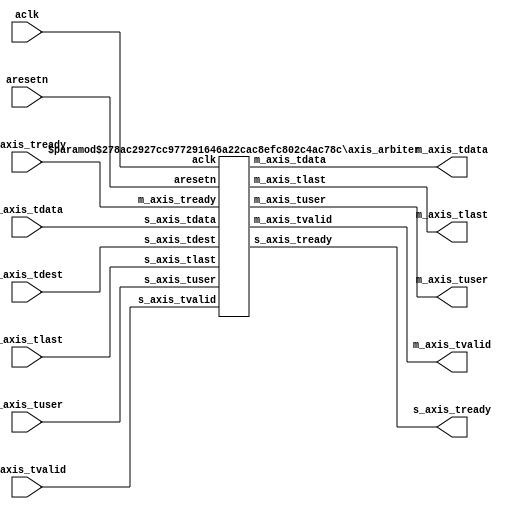
`timescale 1ns / 1ps
//////////////////////////////////////////////////////////////////////////////////
// Company: 
// 
// Design Name: 
// Module Name: axis_interconnect
// Project Name: axis_interconnect
// Target Devices: 
// Tool Versions: 
// Description: Parameterizable AXI4-Stream Interconnect with Round-Robin Arbitration (on TLAST)
// 
// Dependencies: 
// 
// Revision:
// Revision 0.01 - File Created
// Additional Comments:
// License: MIT
//  Copyright (c) 2020 Dmitry Matyunin
//  Permission is hereby granted, free of charge, to any person obtaining a copy
//  of this software and associated documentation files (the "Software"), to deal
//  in the Software without restriction, including without limitation the rights
//  to use, copy, modify, merge, publish, distribute, sublicense, and/or sell
//  copies of the Software, and to permit persons to whom the Software is
//  furnished to do so, subject to the following conditions:
//
//  The above copyright notice and this permission notice shall be included in
//  all copies or substantial portions of the Software.
//
//  THE SOFTWARE IS PROVIDED "AS IS", WITHOUT WARRANTY OF ANY KIND, EXPRESS OR
//  IMPLIED, INCLUDING BUT NOT LIMITED TO THE WARRANTIES OF MERCHANTABILITY
//  FITNESS FOR A PARTICULAR PURPOSE AND NONINFRINGEMENT. IN NO EVENT SHALL THE
//  AUTHORS OR COPYRIGHT HOLDERS BE LIABLE FOR ANY CLAIM, DAMAGES OR OTHER
//  LIABILITY, WHETHER IN AN ACTION OF CONTRACT, TORT OR OTHERWISE, ARISING FROM,
//  OUT OF OR IN CONNECTION WITH THE SOFTWARE OR THE USE OR OTHER DEALINGS IN
//  THE SOFTWARE.
// 
//////////////////////////////////////////////////////////////////////////////////

module axis_interconnect #(
	parameter CHANNELS_IN = 4,
	parameter CHANNELS_OUT = 1,
	parameter DATA_WIDTH = 8,
	parameter USER_WIDTH = 2
)
(
	input wire aclk,
	input wire aresetn,
	input wire [CHANNELS_IN*DATA_WIDTH-1:0]s_axis_tdata,
	input wire [CHANNELS_IN*$clog2(CHANNELS_OUT)-1:0]s_axis_tdest,
	input wire [CHANNELS_IN*USER_WIDTH-1:0]s_axis_tuser,
	input wire [CHANNELS_IN-1:0]s_axis_tvalid,
	output wire [CHANNELS_IN-1:0]s_axis_tready,
	input wire [CHANNELS_IN-1:0]s_axis_tlast,
	output wire [CHANNELS_OUT*DATA_WIDTH-1:0]m_axis_tdata,
	output wire [CHANNELS_OUT*USER_WIDTH-1:0]m_axis_tuser,
	output wire [CHANNELS_OUT-1:0]m_axis_tvalid,
	input wire [CHANNELS_OUT-1:0]m_axis_tready,
	output wire [CHANNELS_OUT-1:0]m_axis_tlast	
);

genvar g, h;

generate 
	wire [CHANNELS_IN*CHANNELS_OUT-1:0]arb_tready;
	wire [CHANNELS_IN*CHANNELS_OUT-1:0]axis_tready;

	for (g = 0; g < CHANNELS_OUT; g = g + 1) begin : ARBITER
		for (h = 0; h < CHANNELS_IN; h = h + 1) begin
			assign axis_tready[CHANNELS_OUT*h+g+:1] = arb_tready[CHANNELS_IN*g+h+:1];
		end
	
		axis_arbiter #(
			.CHAN_NUM(CHANNELS_IN),
			.DATA_WIDTH(DATA_WIDTH),
			.DEST_INDEX(g),
			.DEST_WIDTH($clog2(CHANNELS_OUT)),
			.USER_WIDTH(USER_WIDTH)
		) axis_arbiter_inst (
			.aclk(aclk),
			.aresetn(aresetn),
			.s_axis_tdata(s_axis_tdata),
			.s_axis_tuser(s_axis_tuser),
			.s_axis_tdest(s_axis_tdest),
			.s_axis_tvalid(s_axis_tvalid),
			.s_axis_tready(arb_tready[CHANNELS_IN*(g+1)-1-:CHANNELS_IN]),
			.s_axis_tlast(s_axis_tlast),
			.m_axis_tdata(m_axis_tdata[DATA_WIDTH*(g+1)-1-:DATA_WIDTH]),
			.m_axis_tuser(m_axis_tuser[USER_WIDTH*(g+1)-1-:USER_WIDTH]),
			.m_axis_tvalid(m_axis_tvalid[g]),
			.m_axis_tready(m_axis_tready[g]),
			.m_axis_tlast(m_axis_tlast[g])
		);
	end 
	for (h = 0; h < CHANNELS_IN; h = h + 1) begin
		assign s_axis_tready[h] = (axis_tready[CHANNELS_OUT*(h+1)-1-:CHANNELS_OUT] != 0);
	end 
endgenerate

endmodule

module axis_arbiter #(
	parameter CHAN_NUM = 4,
	parameter DATA_WIDTH = 8,
	parameter DEST_INDEX = 0,
	parameter DEST_WIDTH = 4,
	parameter USER_WIDTH = 2
)
(
	input wire aclk,
	input wire aresetn,
	input wire [DATA_WIDTH*CHAN_NUM-1:0]s_axis_tdata,
	input wire [USER_WIDTH*CHAN_NUM-1:0]s_axis_tuser,
	input wire [CHAN_NUM*DEST_WIDTH-1:0]s_axis_tdest,
	input wire [CHAN_NUM-1:0]s_axis_tvalid,
	output wire [CHAN_NUM-1:0]s_axis_tready,
	input wire [CHAN_NUM-1:0]s_axis_tlast,
	output wire [DATA_WIDTH-1:0]m_axis_tdata,
	output wire [USER_WIDTH-1:0]m_axis_tuser,
	output wire m_axis_tvalid,
	input wire m_axis_tready,
	output wire m_axis_tlast
);

localparam PTR_WIDTH = $clog2(CHAN_NUM);

reg [PTR_WIDTH-1:0]curr;
reg curr_wrap;
reg [PTR_WIDTH-1:0]next;
reg act;
wire [CHAN_NUM-1:0]axis_tvalid;

integer i,j;
genvar g;

generate for (g = 0; g < CHAN_NUM; g = g + 1) begin
	if (DEST_WIDTH > 0) begin
		wire dest_valid = (s_axis_tdest[DEST_WIDTH*(g+1)-1-:DEST_WIDTH] == DEST_INDEX);
		assign s_axis_tready[g] = (dest_valid ? (curr == g ? m_axis_tready : 1'b0) : 1'b0) & aresetn;
		assign axis_tvalid[g] = (dest_valid ? s_axis_tvalid[g] : 1'b0) & aresetn;
	end else begin
		assign s_axis_tready[g] = (curr == g ? m_axis_tready : 1'b0) & aresetn;
		assign axis_tvalid[g] = s_axis_tvalid[g] & aresetn;
	end
end endgenerate

assign m_axis_tdata = axis_tvalid[curr] ? s_axis_tdata[DATA_WIDTH*(curr+1)-1-:DATA_WIDTH] : 0;
assign m_axis_tuser = axis_tvalid[curr] ? s_axis_tuser[USER_WIDTH*(curr+1)-1-:USER_WIDTH] : 0;
assign m_axis_tvalid = aresetn ? axis_tvalid[curr] : 1'b0;
assign m_axis_tlast = s_axis_tlast[curr] & axis_tvalid[curr];

always @(posedge aclk) begin
	if (aresetn == 1'b0) begin
		act <= 1'b0;
		next <= 0;
	end else begin
		if (act == 1'b0) begin
			if (m_axis_tvalid) begin
				if (m_axis_tready & m_axis_tlast) begin
					act <= 1'b0;
					if (curr == (CHAN_NUM - 1)) begin
						next <= 0;
					end else begin
						next <= curr + 1;
					end
				end else begin
					act <= 1'b1;
					next <= curr;
				end
			end
		end else begin
			if (m_axis_tvalid & m_axis_tready & m_axis_tlast) begin
				act <= 1'b0;
				if (curr == (CHAN_NUM - 1)) begin
					next <= 0;
				end else begin
					next <= curr + 1;
				end
			end
		end
	end
end

always @(*) begin
	curr = next;
	curr_wrap = 1'b1;
	if (act == 1'b0) begin
		for (i = 0; i < CHAN_NUM; i = i + 1) begin
			if (i == next) begin
				for (j = (CHAN_NUM - 1); j >= i; j = j - 1) begin
					if (axis_tvalid[j]) begin
						curr = j;
						curr_wrap = 1'b0;
					end
				end
				if (curr_wrap == 1'b1) begin
					for (j = i - 1; j >= 0; j = j - 1) begin
						if (axis_tvalid[j]) begin
							curr = j;
						end
					end
				end
			end
		end
	end
end

endmodule